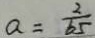
a = \frac { 2 } { 6 5 }